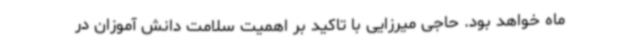
ماه خواهد بود. حاجی میرزایی با تاکید بر اهمیت سلامت دانش آموزان در